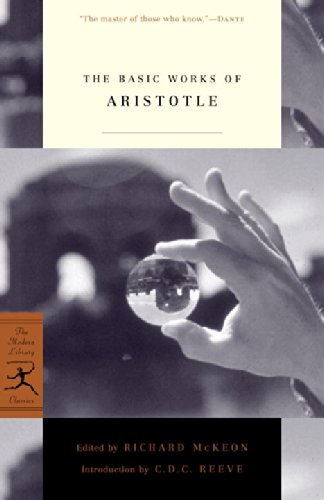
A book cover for The Basic Works of Aristotle (Modern Library Classics); Aristotle; Politics & Social Sciences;